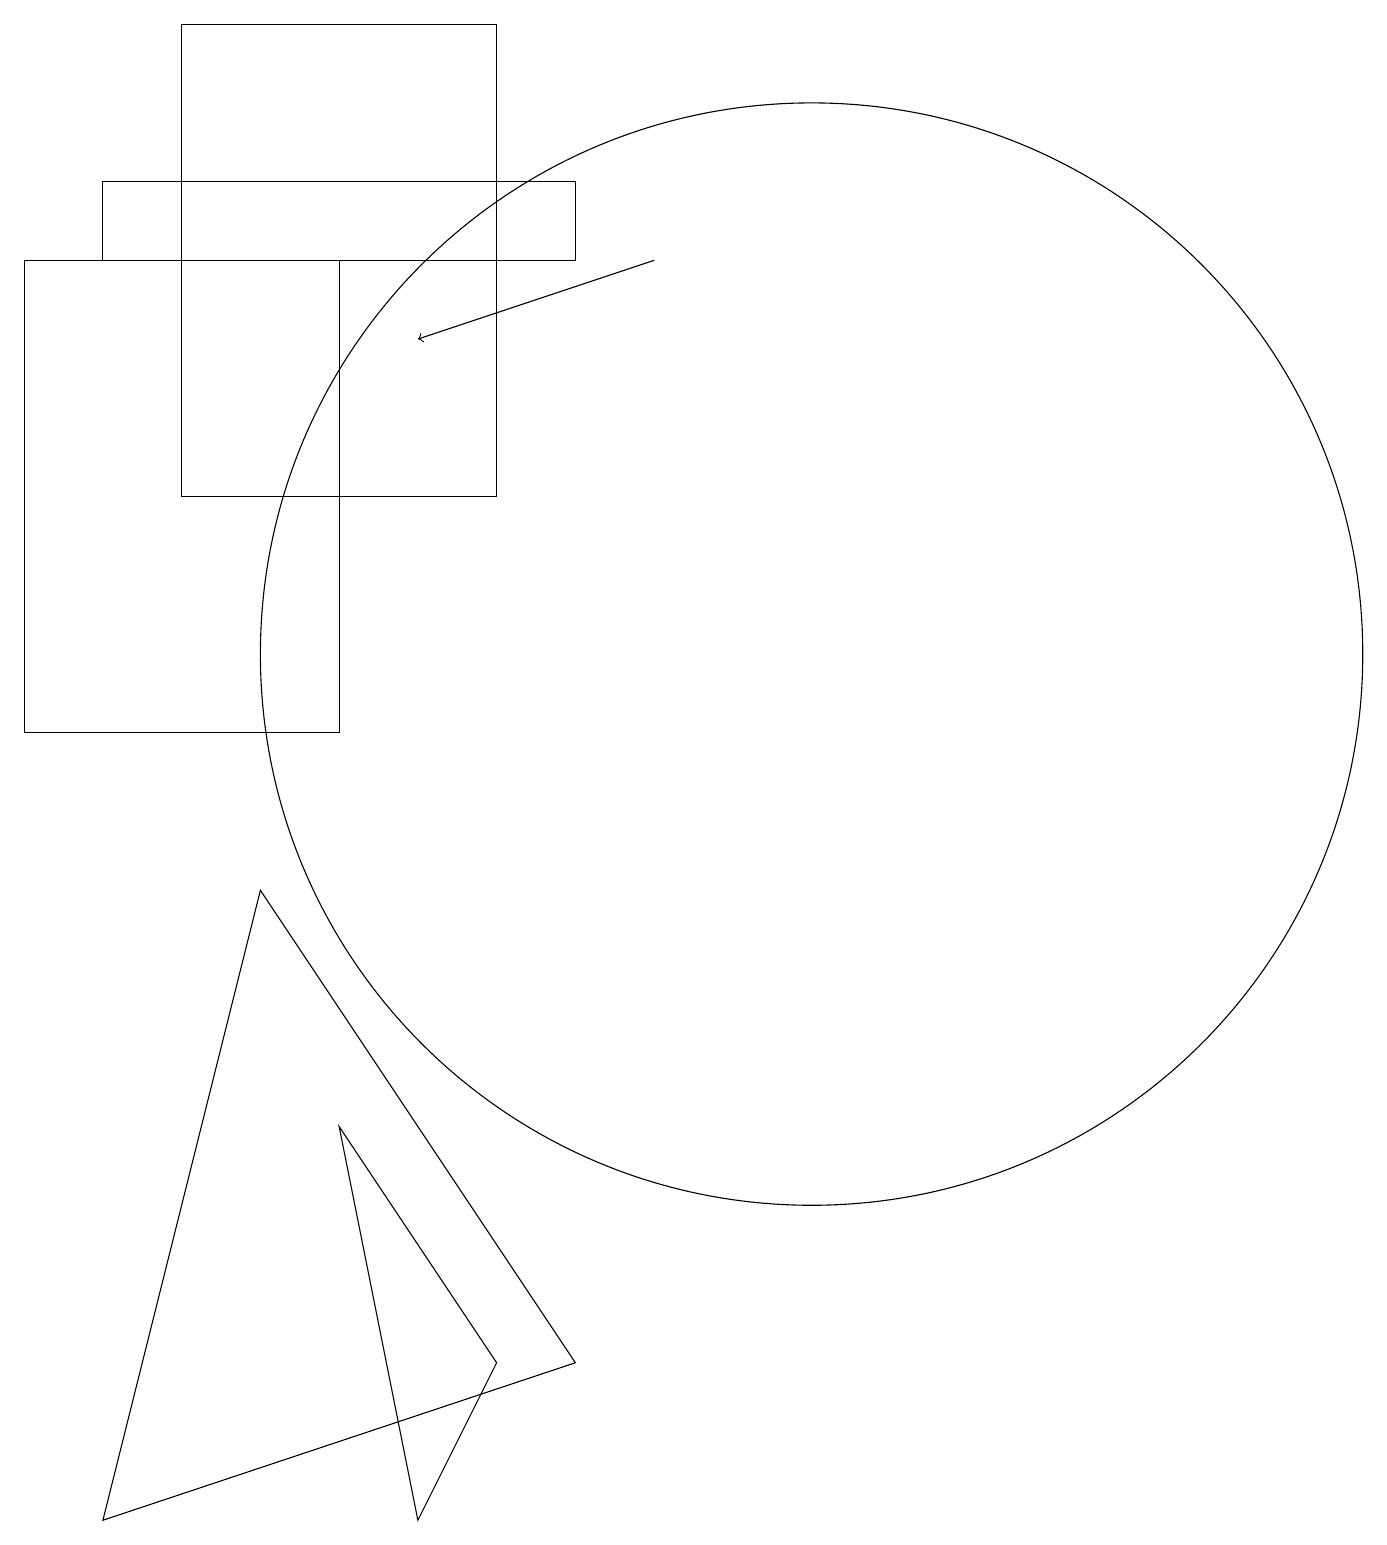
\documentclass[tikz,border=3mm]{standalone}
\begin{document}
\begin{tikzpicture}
\draw (1,10) rectangle (5,16);
\draw (3,19) rectangle (7,13);
\draw (2,0) -- (4,8) -- (8,2) -- cycle;
\draw (11,11) circle (7);
\draw[->] (9,16) -- (6,15);
\draw (2,16) rectangle (8,17);
\draw (6,0) -- (5,5) -- (7,2) -- cycle;
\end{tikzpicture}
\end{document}